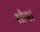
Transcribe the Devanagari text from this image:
शोथ।